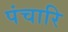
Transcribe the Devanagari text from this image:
पंचारि